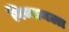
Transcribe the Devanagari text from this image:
गिब्सनला